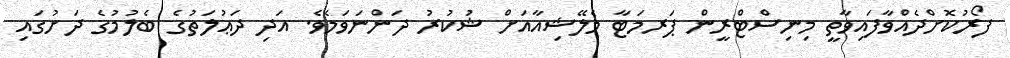
ފޯރުކޮށްދެއްވާފައިވާތީ މިނިސްޓްރީން ޕަރމަޓާ މެލޭޝިއާއަށް ޝުކުރު ދަންނަވަމެވެ. އަދި ދަޢުލަތުގެ ބެލުމުގެ ދަށުގައި